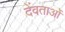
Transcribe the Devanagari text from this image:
देंवताओं